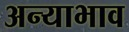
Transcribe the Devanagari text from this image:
अन्याभाव